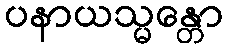
ပနာယသ္မန္တော